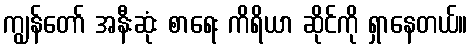
ကျွန်တော် အနီးဆုံး စာရေး ကိရိယာ ဆိုင်ကို ရှာနေတယ်။